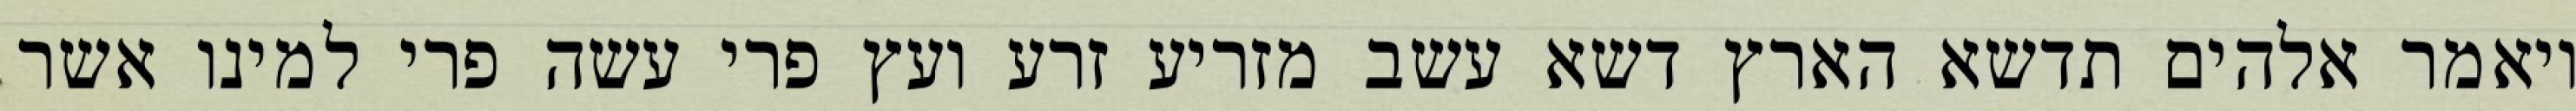
ויאמר אלהים תדשא הארץ דשא עשב מזריע זרע ועץ פרי עשה פרי למינו אשר